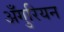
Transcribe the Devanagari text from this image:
अँगुरियन